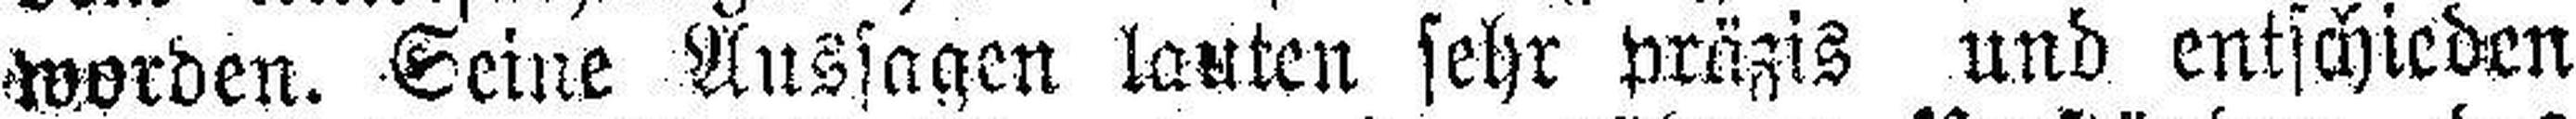
worden. Seine Aussagen lauten sehr präzis und entschieden